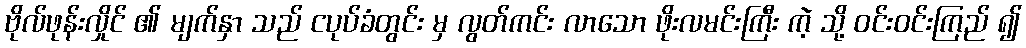
ဗိုလ်ဖုန်းလှိုင် ၏ မျက်နှာ သည် ငပုပ်ခံတွင်း မှ လွတ်ကင်း လာသော ဖိုးလမင်းကြီး ကဲ့ သို့ ဝင်းဝင်းကြည် ၍